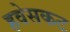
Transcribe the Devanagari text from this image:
हवेसकट